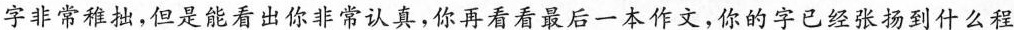
字非常稚拙，但是能看出你非常认真，你再看看最后一本作文，你的字已经张扬到什么程